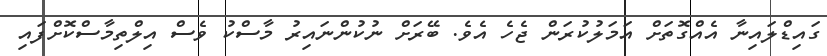
ގައިޑްލައިނާ އެއްގޮތަށް އަމަލުކުރަން ޖެހެ އެވެ. ބޭރަށް ނުކުންނައިރު މާސްކު ވެސް އިލްތިމާސްކޮށްފައި